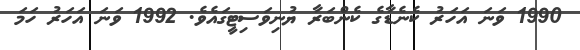
1990 ވަނަ އަހަރު ކެނެޑާގެ ކެންބަރާ ޔުނިވަސިޓީގައެވެ. 1992 ވަނަ އަހަރު ހަމަ